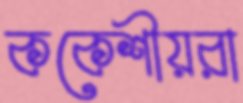
ককেশীয়রা